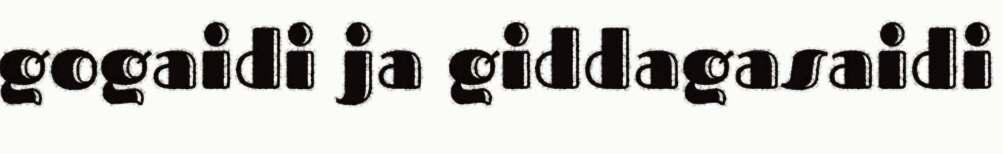
gogaidi ja giddagasaidi